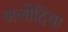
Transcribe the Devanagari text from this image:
अलोदिया